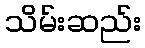
သိမ်းဆည်း